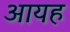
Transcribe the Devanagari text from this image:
आयह